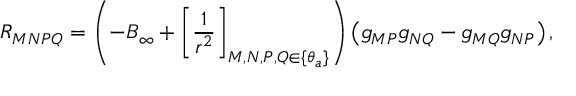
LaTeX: R _ { M N P Q } = \left( - B _ { \infty } + \left[ \frac { 1 } { r ^ { 2 } } \right] _ { M , N , P , Q \in \{ \theta _ { a } \} } \right) \left( g _ { M P } g _ { N Q } - g _ { M Q } g _ { N P } \right) ,